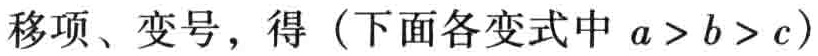
移项、变号，得（下面各变式中 \(a > b > c\)）